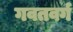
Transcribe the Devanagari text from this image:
गवतवर्ग